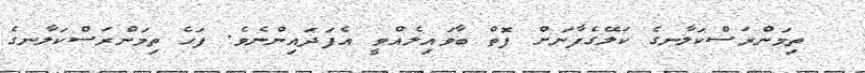
ތިމަންރަސްކަލާނގެ ކަލޭގެފާނަށް ފޮތް ބާވައިލެއްވީ އެފަދައިންނެވެ. ފަހެ ތިމަންރަސްކަލާނގެ